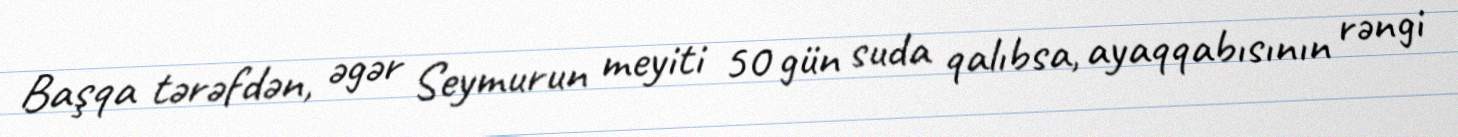
Başqa tərəfdən, əgər Seymurun meyiti 50 gün suda qalıbsa, ayaqqabısının rəngi